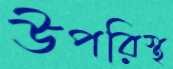
উপরিস্থ